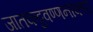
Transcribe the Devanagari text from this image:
जातकट्ठवण्णनाकार